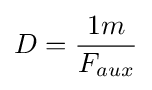
D={\frac {1m}{F_{aux}}}